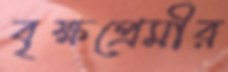
বৃক্ষপ্রেমীর